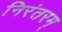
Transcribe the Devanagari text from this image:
निरंतरम्‌